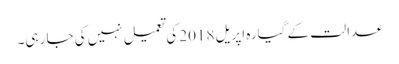
عدالت کے گیارہ اپریل 2018 کی تعمیل نہیں کی جا رہی۔